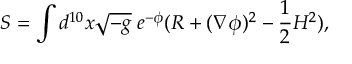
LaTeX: S = \int d ^ { 1 0 } x \sqrt { - g } \; e ^ { - \phi } ( R + ( \nabla \phi ) ^ { 2 } - \frac { 1 } { 2 } H ^ { 2 } ) ,